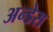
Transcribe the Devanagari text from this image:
अन्डेस